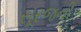
સૂરજની